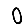
Digit: 0